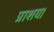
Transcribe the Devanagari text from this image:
प्राशय।